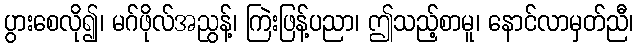
ပွားစေလို၍၊ မဂ်ဖိုလ်အညွန့်၊ ကြဲးဖြန့်ပညာ၊ ဤသည့်စာမူ၊ နောင်လာမှတ်ညီ၊